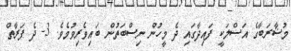
މުޟާރަބާގެ އަސްލަކީ ފައިދާގައި ދެ މީހުން ނިސްބަތުން ބައިވެރިވުމެވެ. 3- ދެ ފަރާތް